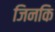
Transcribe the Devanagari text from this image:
जिनकि